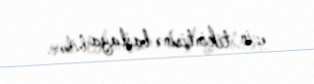
evin tikintisinə başlaya bilər.